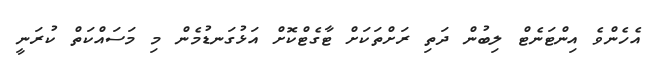
އެހެންވެ އިންޓަނެޓް ލިބުން ދަތި ރަށްތަކަށް ޓާގެޓްކޮށް އަޅުގަނޑުމެން މި މަސައްކަތް ކުރަނީ